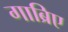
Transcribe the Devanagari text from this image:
गाब्रिए